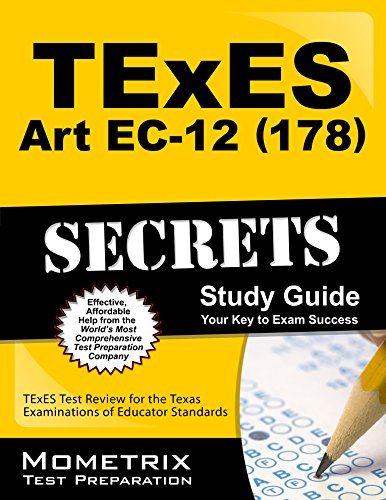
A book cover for TExES Art EC-12 (178) Secrets Study Guide: TExES Test Review for the Texas Examinations of Educator Standards (Mometrix Test Preparation); TExES Exam Secrets Test Prep Team; Education & Teaching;